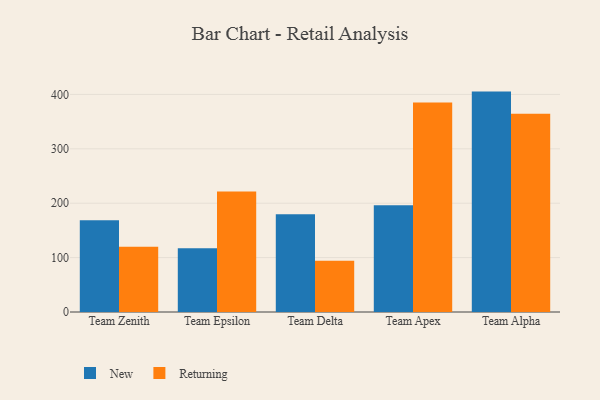
{"axis": {"x": "Team", "y": "Humidity (%)"}, "legend": ["New", "Returning"], "data": [{"x": "Team Zenith", "y": 168.6, "type": "New"}, {"x": "Team Zenith", "y": 120.0, "type": "Returning"}, {"x": "Team Epsilon", "y": 117.2, "type": "New"}, {"x": "Team Epsilon", "y": 221.5, "type": "Returning"}, {"x": "Team Delta", "y": 179.9, "type": "New"}, {"x": "Team Delta", "y": 94.2, "type": "Returning"}, {"x": "Team Apex", "y": 196.2, "type": "New"}, {"x": "Team Apex", "y": 385.0, "type": "Returning"}, {"x": "Team Alpha", "y": 405.2, "type": "New"}, {"x": "Team Alpha", "y": 364.5, "type": "Returning"}]}